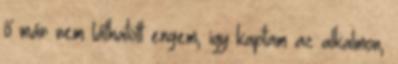
ő már nem láthatott engem, igy kaptam az alkalmon,